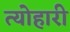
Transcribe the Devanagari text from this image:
त्योहारी